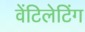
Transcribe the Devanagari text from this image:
वेंटिलेटिंग